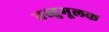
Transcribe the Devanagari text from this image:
वस्तुमूलक